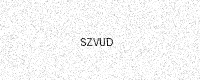
Text: SZVUD